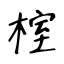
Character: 榁